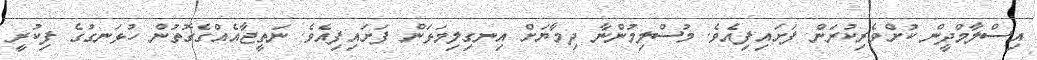
އިސްލާމްދީން ކުށްވެރިކުރަން ފަށައިފިއެވެ. މުސްލިމުންނާ ދިމާޔަށް އިނގިލިމަޅަން ފަށައިފިއެވެ. ނަތީޖާއެއްގެގޮތުން ހުޅަނގުގެ ފިކުރީ